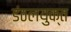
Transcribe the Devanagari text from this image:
डंठलयुक्त